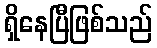
ရှိနေပြီဖြစ်သည်